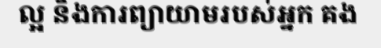
ល្អ និងការព្យាយាមរបស់អ្នក គង